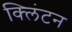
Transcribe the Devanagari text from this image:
क्‍लिंटन